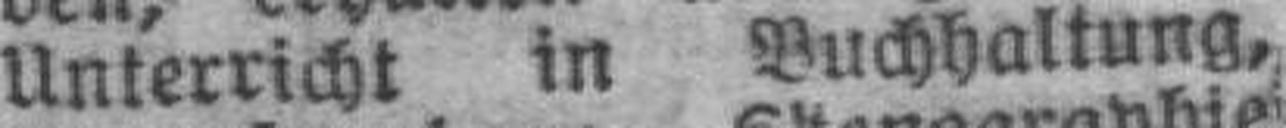
Unterricht in Buchhaltung,